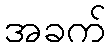
အခက်